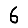
Digit: 6